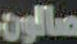
صالون